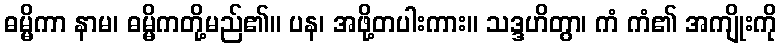
ဓမ္မိကာ နာမ၊ ဓမ္မိကတို့မည်၏။ ပန၊ အဖို့တပါးကား။ သဒ္ဒဟိတွာ၊ ကံ ကံ၏ အကျိုးကို